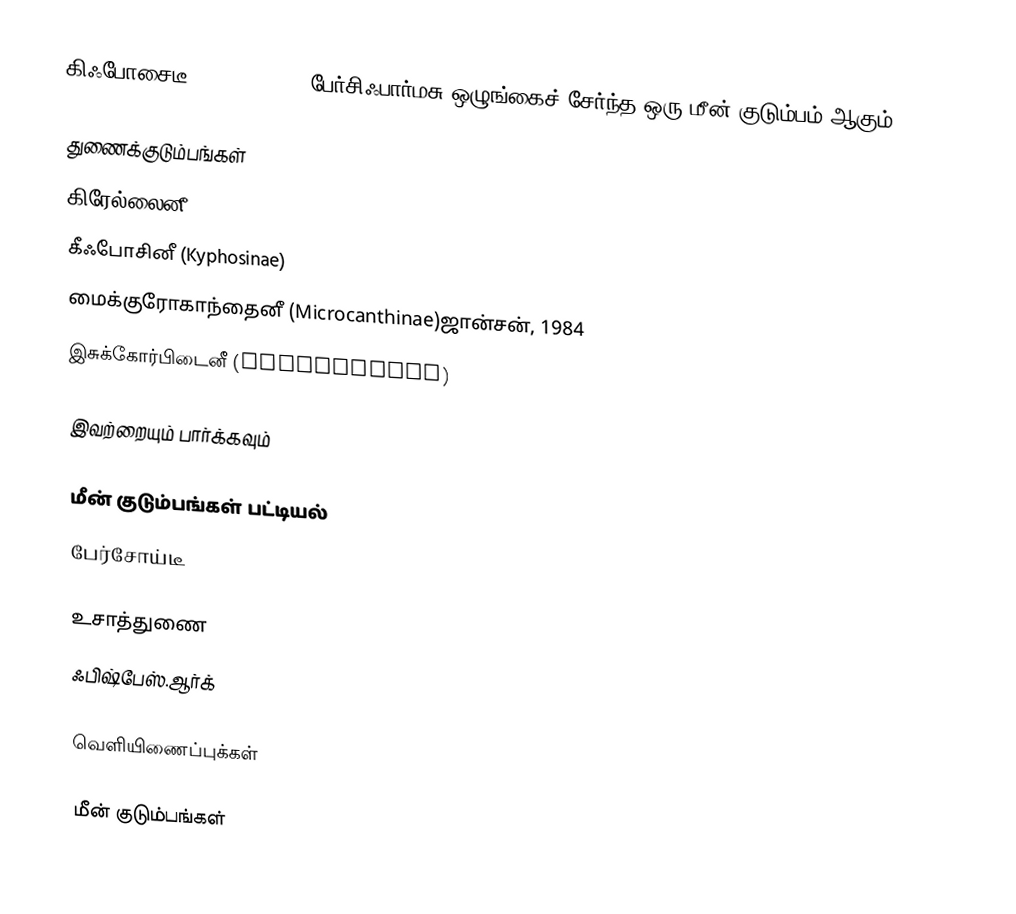
கிஃபோசைடீ (Kyphosidae), பேர்சிஃபார்மசு ஒழுங்கைச் சேர்ந்த ஒரு மீன் குடும்பம் ஆகும்.

துணைக்குடும்பங்கள்
 கிரேல்லைனீ (Girellinae)
 கீஃபோசினீ (Kyphosinae)
 மைக்குரோகாந்தைனீ (Microcanthinae)ஜான்சன், 1984
 இசுக்கோர்பிடைனீ (Scorpidinae)

இவற்றையும் பார்க்கவும்

 மீன் குடும்பங்கள் பட்டியல்
 பேர்சோய்டீ

உசாத்துணை
 ஃபிஷ்பேஸ்.ஆர்க்

வெளியிணைப்புக்கள்

மீன் குடும்பங்கள்